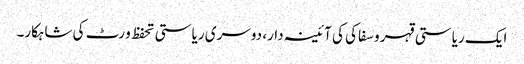
ایک ریاستی قہر و سفاکی کی آئینہ دار، دوسری ریاستی تحفظ و رٹ کی شاہکار۔